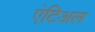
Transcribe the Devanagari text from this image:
एंटिअल